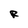
Character: R